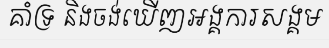
គាំទ្រ និងចង់ឃើញអង្គការសង្គម